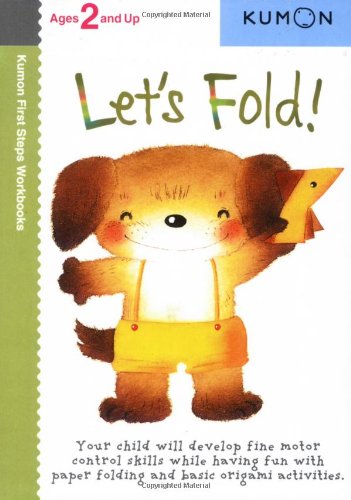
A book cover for Let's Fold! (Kumon First Steps Workbooks); Children's Books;